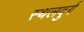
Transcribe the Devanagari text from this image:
स्थलदुर्ग